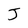
Character: J